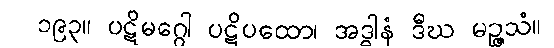
၁၉၃။ ပဋိမဂ္ဂေါ ပဋိပထော၊ အဒ္ဓါနံ ဒီဃ မဉ္ဇသံ။